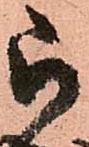
被